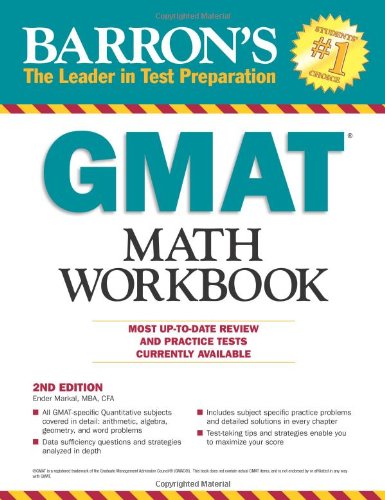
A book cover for Barron's GMAT Math Workbook, 2nd Edition; Ender Markal M.B.A. C.F.A; Test Preparation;